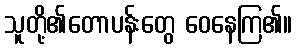
သူတို့၏တောပန်းတွေ ဝေနေကြ၏။